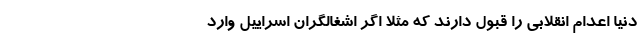
دنیا اعدام انقلابی را قبول دارند که مثلا اگر اشغالگران اسراییل وارد